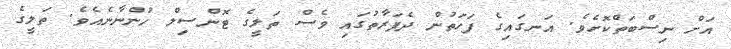
އަށް ނިސްބަތްކޮށެވެ. އަނގައިގެ ފަހަތުން ދެފަރާތުގައި ވެސް ތަލީގެ ޓޮންސިލް ހުންނާނެއެވެ. ތަލީގެ